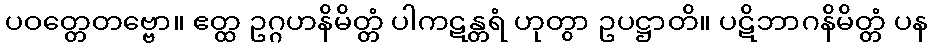
ပဝတ္တေတဗ္ဗော။ ဧတ္ထ ဥဂ္ဂဟနိမိတ္တံ ပါကဋန္တရံ ဟုတွာ ဥပဋ္ဌာတိ။ ပဋိဘာဂနိမိတ္တံ ပန